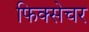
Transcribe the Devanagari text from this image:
फिक्सेचर